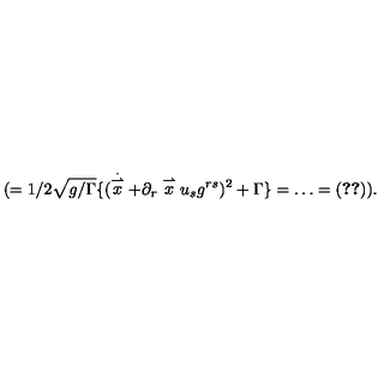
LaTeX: ( = 1 / 2 \sqrt { g / \Gamma } \{ ( \stackrel { \stackrel { \cdot } { \rightharpoonup } } { x } + \partial _ { r } \stackrel { \rightharpoonup } { x } u _ { s } g ^ { r s } ) ^ { 2 } + \Gamma \} = \ldots = ( \ref { c 7 } ) ) .